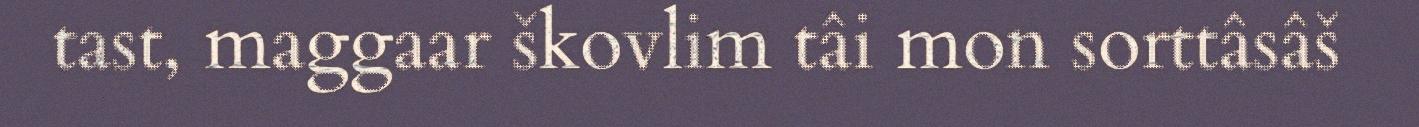
tast, maggaar škovlim tâi mon sorttâsâš